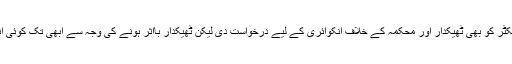
اس کے علاوہ جتنا فنڈ منظور ہوا وہ بھی نہیں لگایا گیا ہم نے اینٹی کرپشن کے ڈائریکٹر کو بھی ٹھیکدار اور محکمہ کے خلاف انکوائری کے لیے درخواست دی لیکن ٹھیکدار بااثر ہونے کی وجہ سے ابھی تک کوئی انکوائری نہیں ہو سکی ہم کو ہر روز انکوائری کے لیے نئی تاریخ دے دی جاتی ہے۔